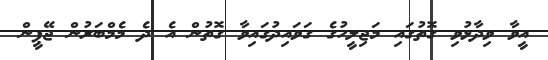
އީވާ ވިދާޅުވި ގޮތުގައި މަޖިލީހުގެ ގަވައިދުގައިވާ ގޮތުން އެ ދެ މެމްބަރުން ޖޭޕީން